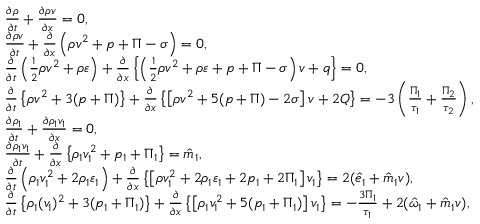
\begin{array} { r l } & { \frac { \partial \rho } { \partial t } + \frac { \partial \rho v } { \partial x } = 0 , } \\ & { \frac { \partial \rho v } { \partial t } + \frac { \partial } { \partial x } \left( \rho v ^ { 2 } + p + \Pi - \sigma \right) = 0 , } \\ & { \frac { \partial } { \partial t } \left( \frac { 1 } { 2 } \rho v ^ { 2 } + \rho \varepsilon \right) + \frac { \partial } { \partial x } \left\{ \left( \frac { 1 } { 2 } \rho v ^ { 2 } + \rho \varepsilon + p + \Pi - \sigma \right) v + q \right\} = 0 , } \\ & { \frac { \partial } { \partial t } \left\{ \rho v ^ { 2 } + 3 ( p + \Pi ) \right\} + \frac { \partial } { \partial x } \left\{ \left[ \rho v ^ { 2 } + 5 ( p + \Pi ) - 2 \sigma \right] v + 2 Q \right\} = - 3 \left( \frac { \Pi _ { 1 } } { \tau _ { 1 } } + \frac { \Pi _ { 2 } } { \tau _ { 2 } } \right) , } \\ & { \frac { \partial \rho _ { 1 } } { \partial t } + \frac { \partial \rho _ { 1 } v _ { 1 } } { \partial x } = 0 , } \\ & { \frac { \partial \rho _ { 1 } v _ { 1 } } { \partial t } + \frac { \partial } { \partial x } \left\{ \rho _ { 1 } v _ { 1 } ^ { 2 } + p _ { 1 } + \Pi _ { 1 } \right\} = \hat { m } _ { 1 } , } \\ & { \frac { \partial } { \partial t } \left( \rho _ { 1 } v _ { 1 } ^ { 2 } + 2 \rho _ { 1 } \varepsilon _ { 1 } \right) + \frac { \partial } { \partial x } \left\{ \left[ \rho v _ { 1 } ^ { 2 } + 2 \rho _ { 1 } \varepsilon _ { 1 } + 2 p _ { 1 } + 2 \Pi _ { 1 } \right] v _ { 1 } \right\} = 2 ( \hat { e } _ { 1 } + \hat { m } _ { 1 } v ) , } \\ & { \frac { \partial } { \partial t } \left\{ \rho _ { 1 } ( v _ { 1 } ) ^ { 2 } + 3 ( p _ { 1 } + \Pi _ { 1 } ) \right\} + \frac { \partial } { \partial x } \left\{ \left[ \rho _ { 1 } v _ { 1 } ^ { 2 } + 5 ( p _ { 1 } + \Pi _ { 1 } ) \right] v _ { 1 } \right\} = - \frac { 3 \Pi _ { 1 } } { \tau _ { 1 } } + 2 ( \hat { \omega } _ { 1 } + \hat { m } _ { 1 } v ) , } \end{array}